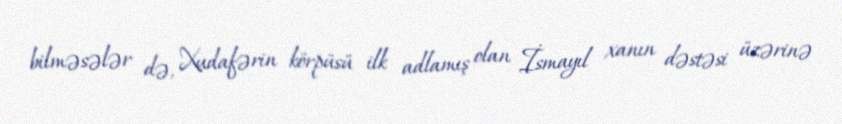
bilməsələr də, Xudafərin körpüsü ilk adlamış olan İsmayıl xanın dəstəsi üzərinə